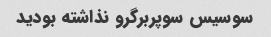
سوسیس سوپربرگرو نذاشته بودید